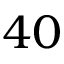
4 0